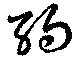
約